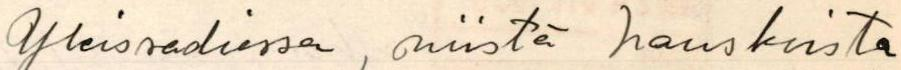
Yleisradiossa, niistä hauskoista